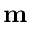
\textbf { m }